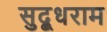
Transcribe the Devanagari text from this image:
सुद्धूराम